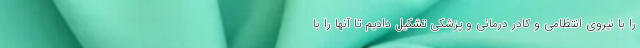
را با نیروی انتظامی و کادر درمانی و پزشکی تشکیل دادیم تا آنها را با